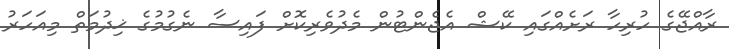
ރާއްޖޭގެ ހުރިހާ ރަށެއްގައި ކޭޝް އެޖެންޓުން މެދުވެރިކޮށް ފައިސާ ނެގުމުގެ ޚިދުމަތް މިއަހަރު